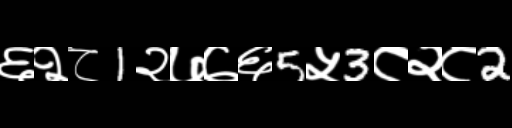
Text: ६२८1२७७६5५3८२८2